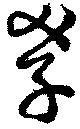
孝